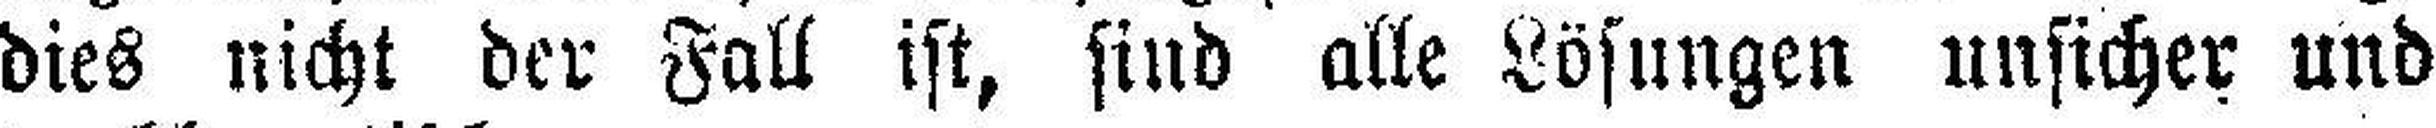
dies nicht der Fall ist, sind alle Lösungen unsicher und